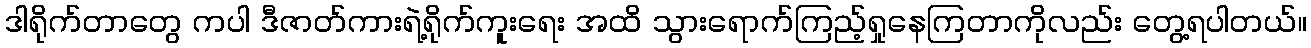
ဒါရိုက်တာတွေ ကပါ ဒီဇာတ်ကားရဲ့ရိုက်ကူးရေး အထိ သွားရောက်ကြည့်ရှုနေကြတာကိုလည်း တွေ့ရပါတယ်။